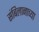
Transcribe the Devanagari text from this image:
संबिलानाच्या